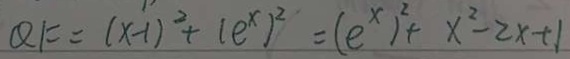
Q F = ( x - 1 ) ^ { 2 } + ( e ^ { x } ) ^ { 2 } = ( e ^ { x } ) ^ { 2 } + x ^ { 2 } - 2 x + 1